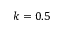
k = 0 . 5